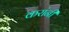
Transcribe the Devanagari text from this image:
करांनी